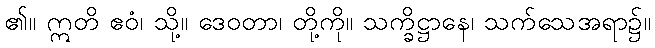
၏။ ဣတိ ဧဝံ၊ သို့။ ဒေဝတာ၊ တို့ကို။ သက္ခိဋ္ဌာနေ၊ သက်သေအရာ၌။